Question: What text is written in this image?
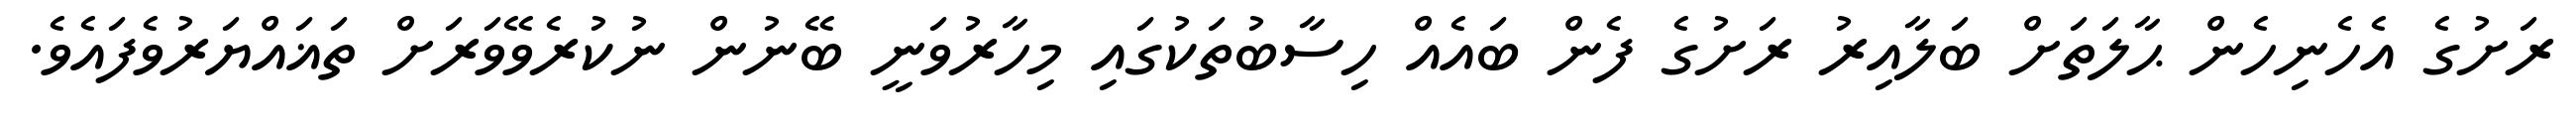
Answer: ރަށުގެ އެހެނިހެން ޙާލަތަށް ބަލާއިރު ރަށުގެ ފެން ބައެއް ހިސާބުތަކުގައި މިހާރުވަނީ ބޭނުން ނުކުރެވޭވަރަށް ތަޣައްޔަރުވެފައެވެ.